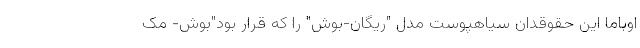
اوباما این حقوقدان سیاهپوست مدل "ریگان-بوش" را که قرار بود"بوش- مک